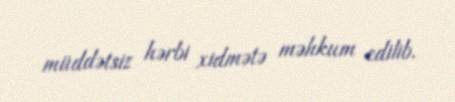
müddətsiz hərbi xidmətə məhkum edilib.